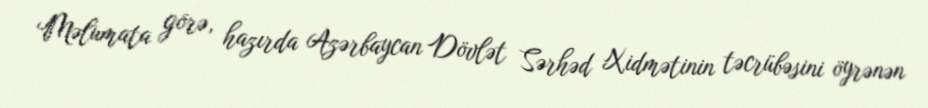
Məlumata görə, hazırda Azərbaycan Dövlət Sərhəd Xidmətinin təcrübəsini öyrənən